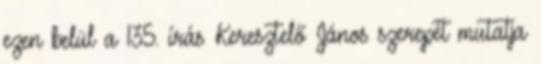
ezen belül a 135. írás Keresztelő János szerepét mutatja